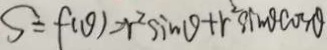
S = f ( \theta ) = r ^ { 2 } \sin \theta + r ^ { 2 } \sin \theta \cos \theta